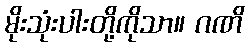
မိုးသုံးပါးတို့ကိုသာ။ ဂဏိ